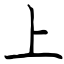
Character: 上